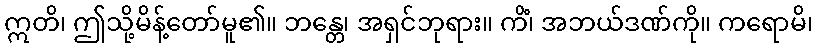
ဣတိ၊ ဤသို့မိန့်တော်မူ၏။ ဘန္တေ၊ အရှင်ဘုရား။ ကိံ၊ အဘယ်ဒဏ်ကို။ ကရောမိ၊